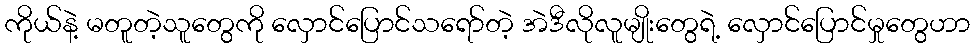
ကိုယ်နဲ့ မတူတဲ့သူတွေကို လှောင်ပြောင်သရော်တဲ့ အဲဒီလိုလူမျိုးတွေရဲ့ လှောင်ပြောင်မှုတွေဟာ